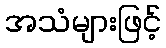
အသံများဖြင့်